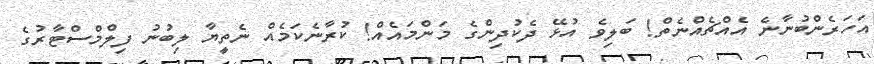
އަހަރެންބުނާނެ އެއްޗެއްނެތް! ބަލިވެ އުޅޭ ދެކުދިންގެ މަންމައެއް! ކުރާނެކަމެއް ނެތީޔާ ލިބުނު ފިލްމްސްޓާރުގެ